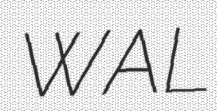
WAL